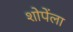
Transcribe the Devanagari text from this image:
शोपेंला